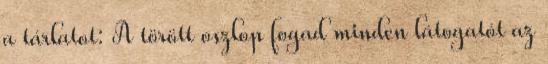
a tárlatot: A törött oszlop fogad minden látogatót az